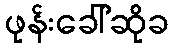
ဖုန်းခေါ်ဆိုခ